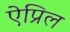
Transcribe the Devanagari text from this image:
ऐप्रिल